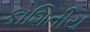
કોશિતીય